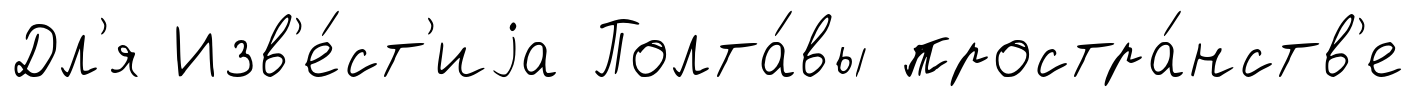
Дл'я Изв'е́ст'иjа Полта́вы простра́нств'е